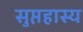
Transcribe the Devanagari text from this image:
सुप्तहास्य